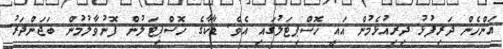
އަންހެން ދަރިފުޅު ދިރިއުޅެމުން އައީ ހޮސްޕިޓަލުގައި އެވެ. ޑާކާގެ ހޮސްޕިޓަލުން ފޮނުވާލުމުން ބަޖަންދަރު